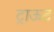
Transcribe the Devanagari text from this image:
ट्राऊट